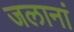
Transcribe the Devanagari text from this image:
जलानां